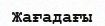
Жағадағы